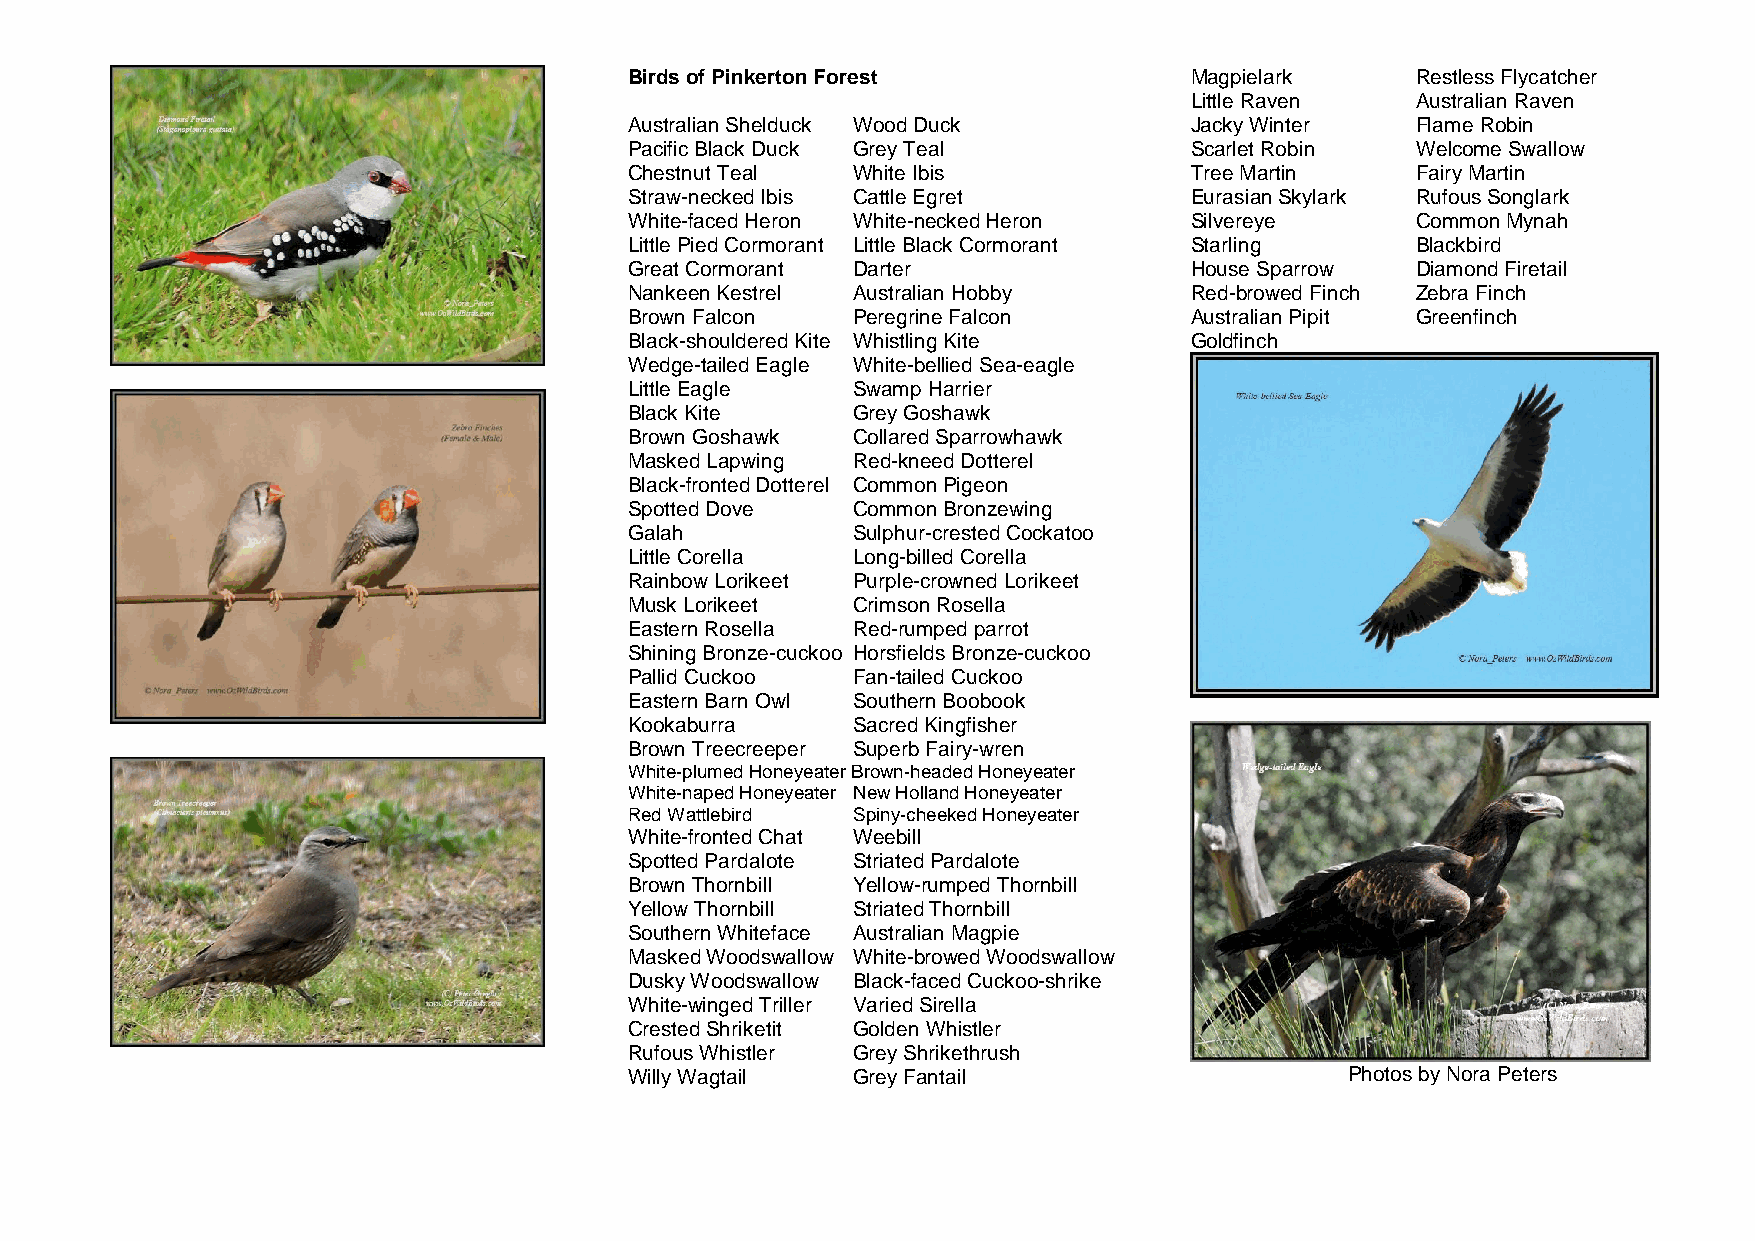
Birds of Pinkerton Forest            Magpielark     Restless Flycatcher
 Little Raven   Australian Raven
 Australian Shelduck Wood Duck        Jacky Winter   Flame Robin
 Pacific Black Duck Grey Teal         Scarlet Robin  Welcome Swallow
 Chestnut Teal White Ibis             Tree Martin    Fairy Martin
 Straw-necked Ibis Cattle Egret       Eurasian Skylark Rufous Songlark
 White-faced Heron White-necked Heron Silvereye      Common Mynah
 Little Pied Cormorant Little Black Cormorant Starling Blackbird
 Great Cormorant Darter               House Sparrow  Diamond Firetail
 Nankeen Kestrel Australian Hobby     Red-browed Finch Zebra Finch
 Brown Falcon  Peregrine Falcon       Australian Pipit Greenfinch
 Black-shouldered Kite Whistling Kite Goldfinch
 Wedge-tailed Eagle White-bellied Sea-eagle
 Little Eagle  Swamp Harrier
 Black Kite    Grey Goshawk
 Brown Goshawk Collared Sparrowhawk
 Masked Lapwing Red-kneed Dotterel
 Black-fronted Dotterel Common Pigeon
 Spotted Dove  Common Bronzewing
 Galah         Sulphur-crested Cockatoo
 Little Corella Long-billed Corella
 Rainbow Lorikeet Purple-crowned Lorikeet
 Musk Lorikeet Crimson Rosella
 Eastern Rosella Red-rumped parrot
 Shining Bronze-cuckoo Horsfields Bronze-cuckoo
 Pallid Cuckoo Fan-tailed Cuckoo
 Eastern Barn Owl Southern Boobook
 Kookaburra    Sacred Kingfisher
 Brown Treecreeper Superb Fairy-wren
 White-plumed Honeyeater Brown-headed Honeyeater
 White-naped Honeyeater New Holland Honeyeater
 Red Wattlebird Spiny-cheeked Honeyeater
 White-fronted Chat Weebill
 Spotted Pardalote Striated Pardalote
 Brown Thornbill Yellow-rumped Thornbill
 Yellow Thornbill Striated Thornbill
 Southern Whiteface Australian Magpie
 Masked Woodswallow White-browed Woodswallow
 Dusky Woodswallow Black-faced Cuckoo-shrike
 White-winged Triller Varied Sirella
 Crested Shriketit Golden Whistler
 Rufous Whistler Grey Shrikethrush
 Willy Wagtail Grey Fantail                     Photos by Nora Peters